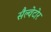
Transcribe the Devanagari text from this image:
सैल्वेटोर